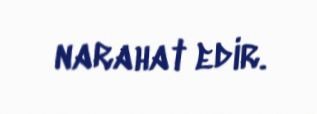
narahat edir.